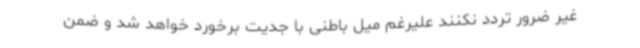
غیر ضرور تردد نکنند علیرغم میل باطنی با جدیت برخورد خواهد شد و ضمن